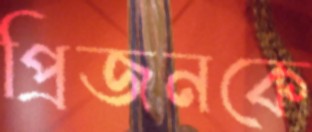
প্রিজনকে